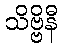
သိဗ္ဗိနီ